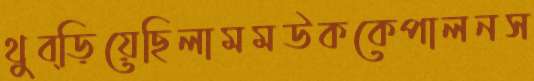
থুব্‌ড়িয়েছিলামমউককেপালনস